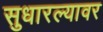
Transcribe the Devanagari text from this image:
सुधारल्यावर